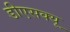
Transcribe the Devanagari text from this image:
डीएसक्यू